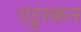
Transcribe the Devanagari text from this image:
एट्रुस्कन